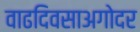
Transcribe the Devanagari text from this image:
वाढदिवसाअगोदर